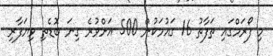
މި ފޯރަމްގައި ތަފާތު 16 ގައުމަކުން 500 އަށްވުރެ ގިނަ ބޮޑެތި ވިޔަފާރި